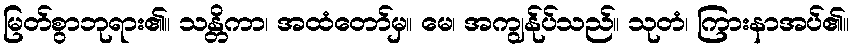
မြတ်စွာဘုရား၏။ သန္တိကာ၊ အထံတော်မှ။ မေ၊ အကျွန်ုပ်သည်။ သုတံ၊ ကြားနာအပ်၏။